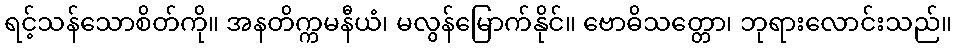
ရင့်သန်သောစိတ်ကို။ အနတိက္ကမနီယံ၊ မလွန်မြောက်နိုင်။ ဗောဓိသတ္တော၊ ဘုရားလောင်းသည်။